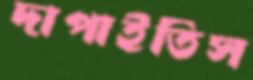
দাপাইতিস